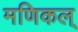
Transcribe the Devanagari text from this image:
मणिकल्